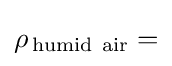
\rho _{\,\mathrm {humid~air} }=